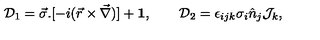
{ \cal D } _ { 1 } = \vec { \sigma } . [ - i ( \vec { r } \times \vec { \nabla } ) ] + { \bf 1 } , \qquad { \cal D } _ { 2 } = \epsilon _ { i j k } \sigma _ { i } \hat { n } _ { j } { \cal J } _ { k } ,